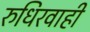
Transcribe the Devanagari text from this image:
रुधिरवाही